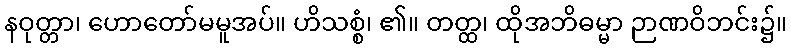
နဝုတ္တာ၊ ဟောတော်မမူအပ်။ ဟိသစ္စံ၊ ၏။ တတ္ထ၊ ထိုအဘိဓမ္မာ ဉာဏဝိဘင်း၌။